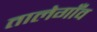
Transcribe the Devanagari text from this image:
तालेगाँव